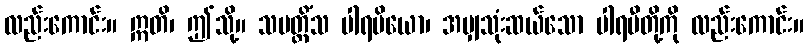
လည်းကောင်း။ ဣတိ၊ ဤသို့။ သမတ္တိံသ ပါရမိယော၊ အမျှသုံးဆယ်သော ပါရမီတို့ကို လည်းကောင်း။